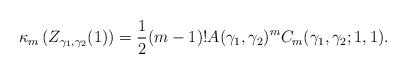
LaTeX: \begin{align*}\kappa_m\left(Z_{\gamma_1,\gamma_2}(1) \right)=\frac{1}{2}(m-1)!A(\gamma_1,\gamma_2)^m C_m(\gamma_1,\gamma_2;1,1).\end{align*}